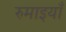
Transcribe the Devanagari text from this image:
रुमाइयाँ